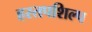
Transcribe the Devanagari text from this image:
हस्तपशिल्प